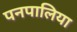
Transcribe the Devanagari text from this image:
पनपालिया